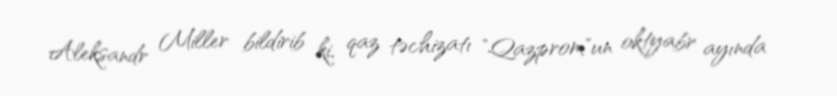
Aleksandr Miller bildirib ki, qaz təchizatı "Qazprom"un oktyabr ayında